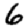
Digit: 6